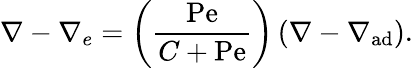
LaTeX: \nabla-\nabla_{e}=\left({\frac{\mathrm{Pe}}{C+\mathrm{Pe}}}\right)\left(\nabla-\nabla_{\mathrm{ad}}\right).